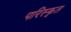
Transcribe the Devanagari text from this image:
परिस्‍कृत